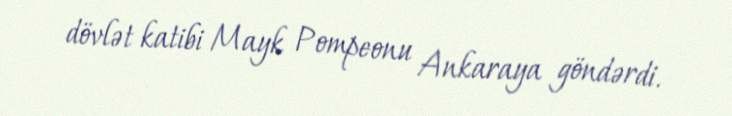
dövlət katibi Mayk Pompeonu Ankaraya göndərdi.